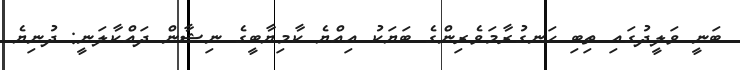
ބަނީ ވަލީދުގައި ތިބި ހަނގުރާމަވެރިންގެ ބަޔަކު އިއްޔެ ކާމިޔާބީގެ ނިޝާން ދައްކާލަނީ: ދުނިޔެ